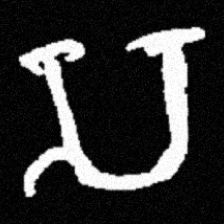
Pyu character \u2014 Myanmar letter: သ (romanized: sa)